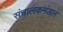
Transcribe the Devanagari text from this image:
संचालकमंडल